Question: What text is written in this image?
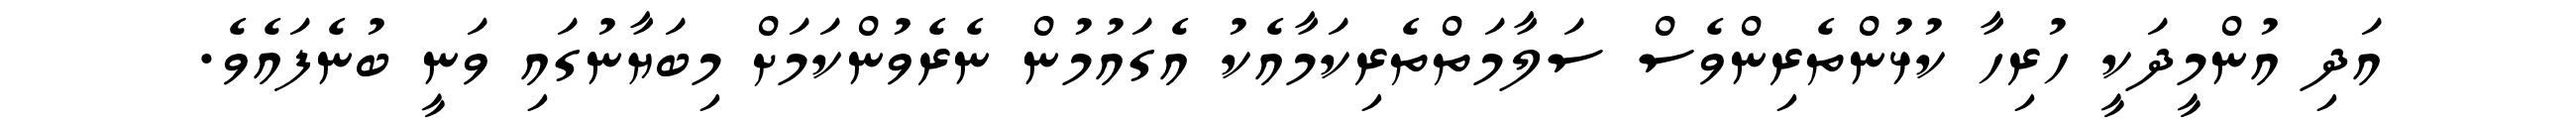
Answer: އަދި އުންމީދަކީ ހުރިހާ ކުޅުންތެރިންވެސް ސަލާމަތްތެރިކަމާއެކު އެގައުމުން ނެރެވުންކަމަށް މިބަޔާނުގައި ވަނީ ބުނެފައެވެ.